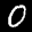
Label: 0